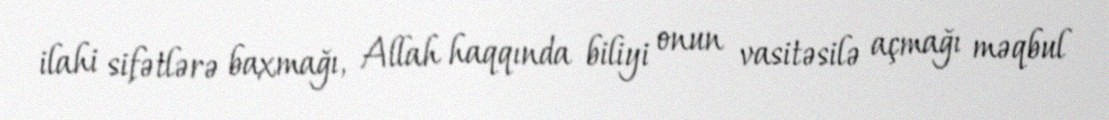
ilahi sifətlərə baxmağı, Allah haqqında biliyi onun vasitəsilə açmağı məqbul